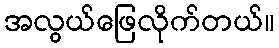
အလွယ်ဖြေလိုက်တယ်။